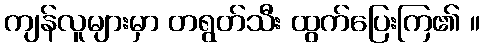
ကျန်လူများမှာ တရွတ်သီး ထွက်ပြေးကြ၏ ။